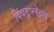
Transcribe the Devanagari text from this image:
क्विंटुप्लेट्स